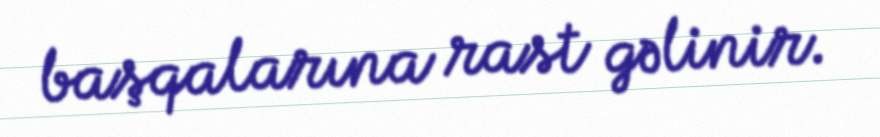
başqalarına rast gəlinir.